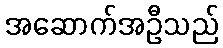
အဆောက်အဦသည်